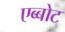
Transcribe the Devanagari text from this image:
एब्बोट